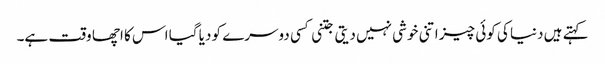
کہتے ہیں دنیا کی کوئی چیز اتنی خوشی نہیں دیتی جتنی کسی دوسرے کو دیا گیا اس کا اچھا وقت ہے۔